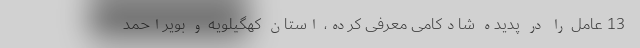
13 عامل را در پدیده شادکامی معرفی کرده، استان کهگیلویه و بویراحمد